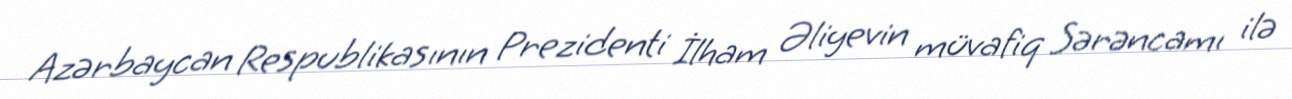
Azərbaycan Respublikasının Prezidenti İlham Əliyevin müvafiq Sərəncamı ilə